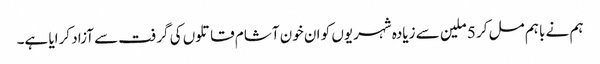
ہم نے باہم مل کر 5 ملین سے زیادہ شہریوں کو ان خون آشام قاتلوں کی گرفت سے آزاد کرایا ہے۔